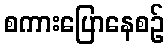
စကားပြောနေစဉ်